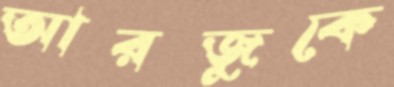
আরজুকে